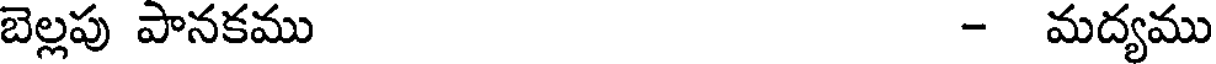
బెల్లపు పానకము - మద్యము